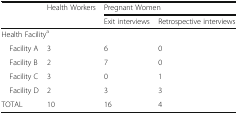
<table><thead><tr><td rowspan="2"></td><td><b>Health Workers</b></td><td colspan="2"><b>Pregnant Women</b></td></tr><tr><td></td><td><b>Exit interviews</b></td><td><b>Retrospective interviews</b></td></tr></thead><tbody><tr><td colspan="4">Health Facility<sup>a</sup></td></tr><tr><td> Facility A</td><td>3</td><td>6</td><td>0</td></tr><tr><td> Facility B</td><td>2</td><td>7</td><td>0</td></tr><tr><td> Facility C</td><td>3</td><td>0</td><td>1</td></tr><tr><td> Facility D</td><td>2</td><td>3</td><td>3</td></tr><tr><td>TOTAL</td><td>10</td><td>16</td><td>4</td></tr></tbody></table>